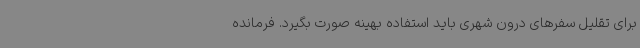
برای تقلیل سفرهای درون شهری باید استفاده بهینه صورت بگیرد. فرمانده